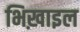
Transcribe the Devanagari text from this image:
भिख़ाइल